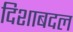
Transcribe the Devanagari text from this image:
दिशाबदल